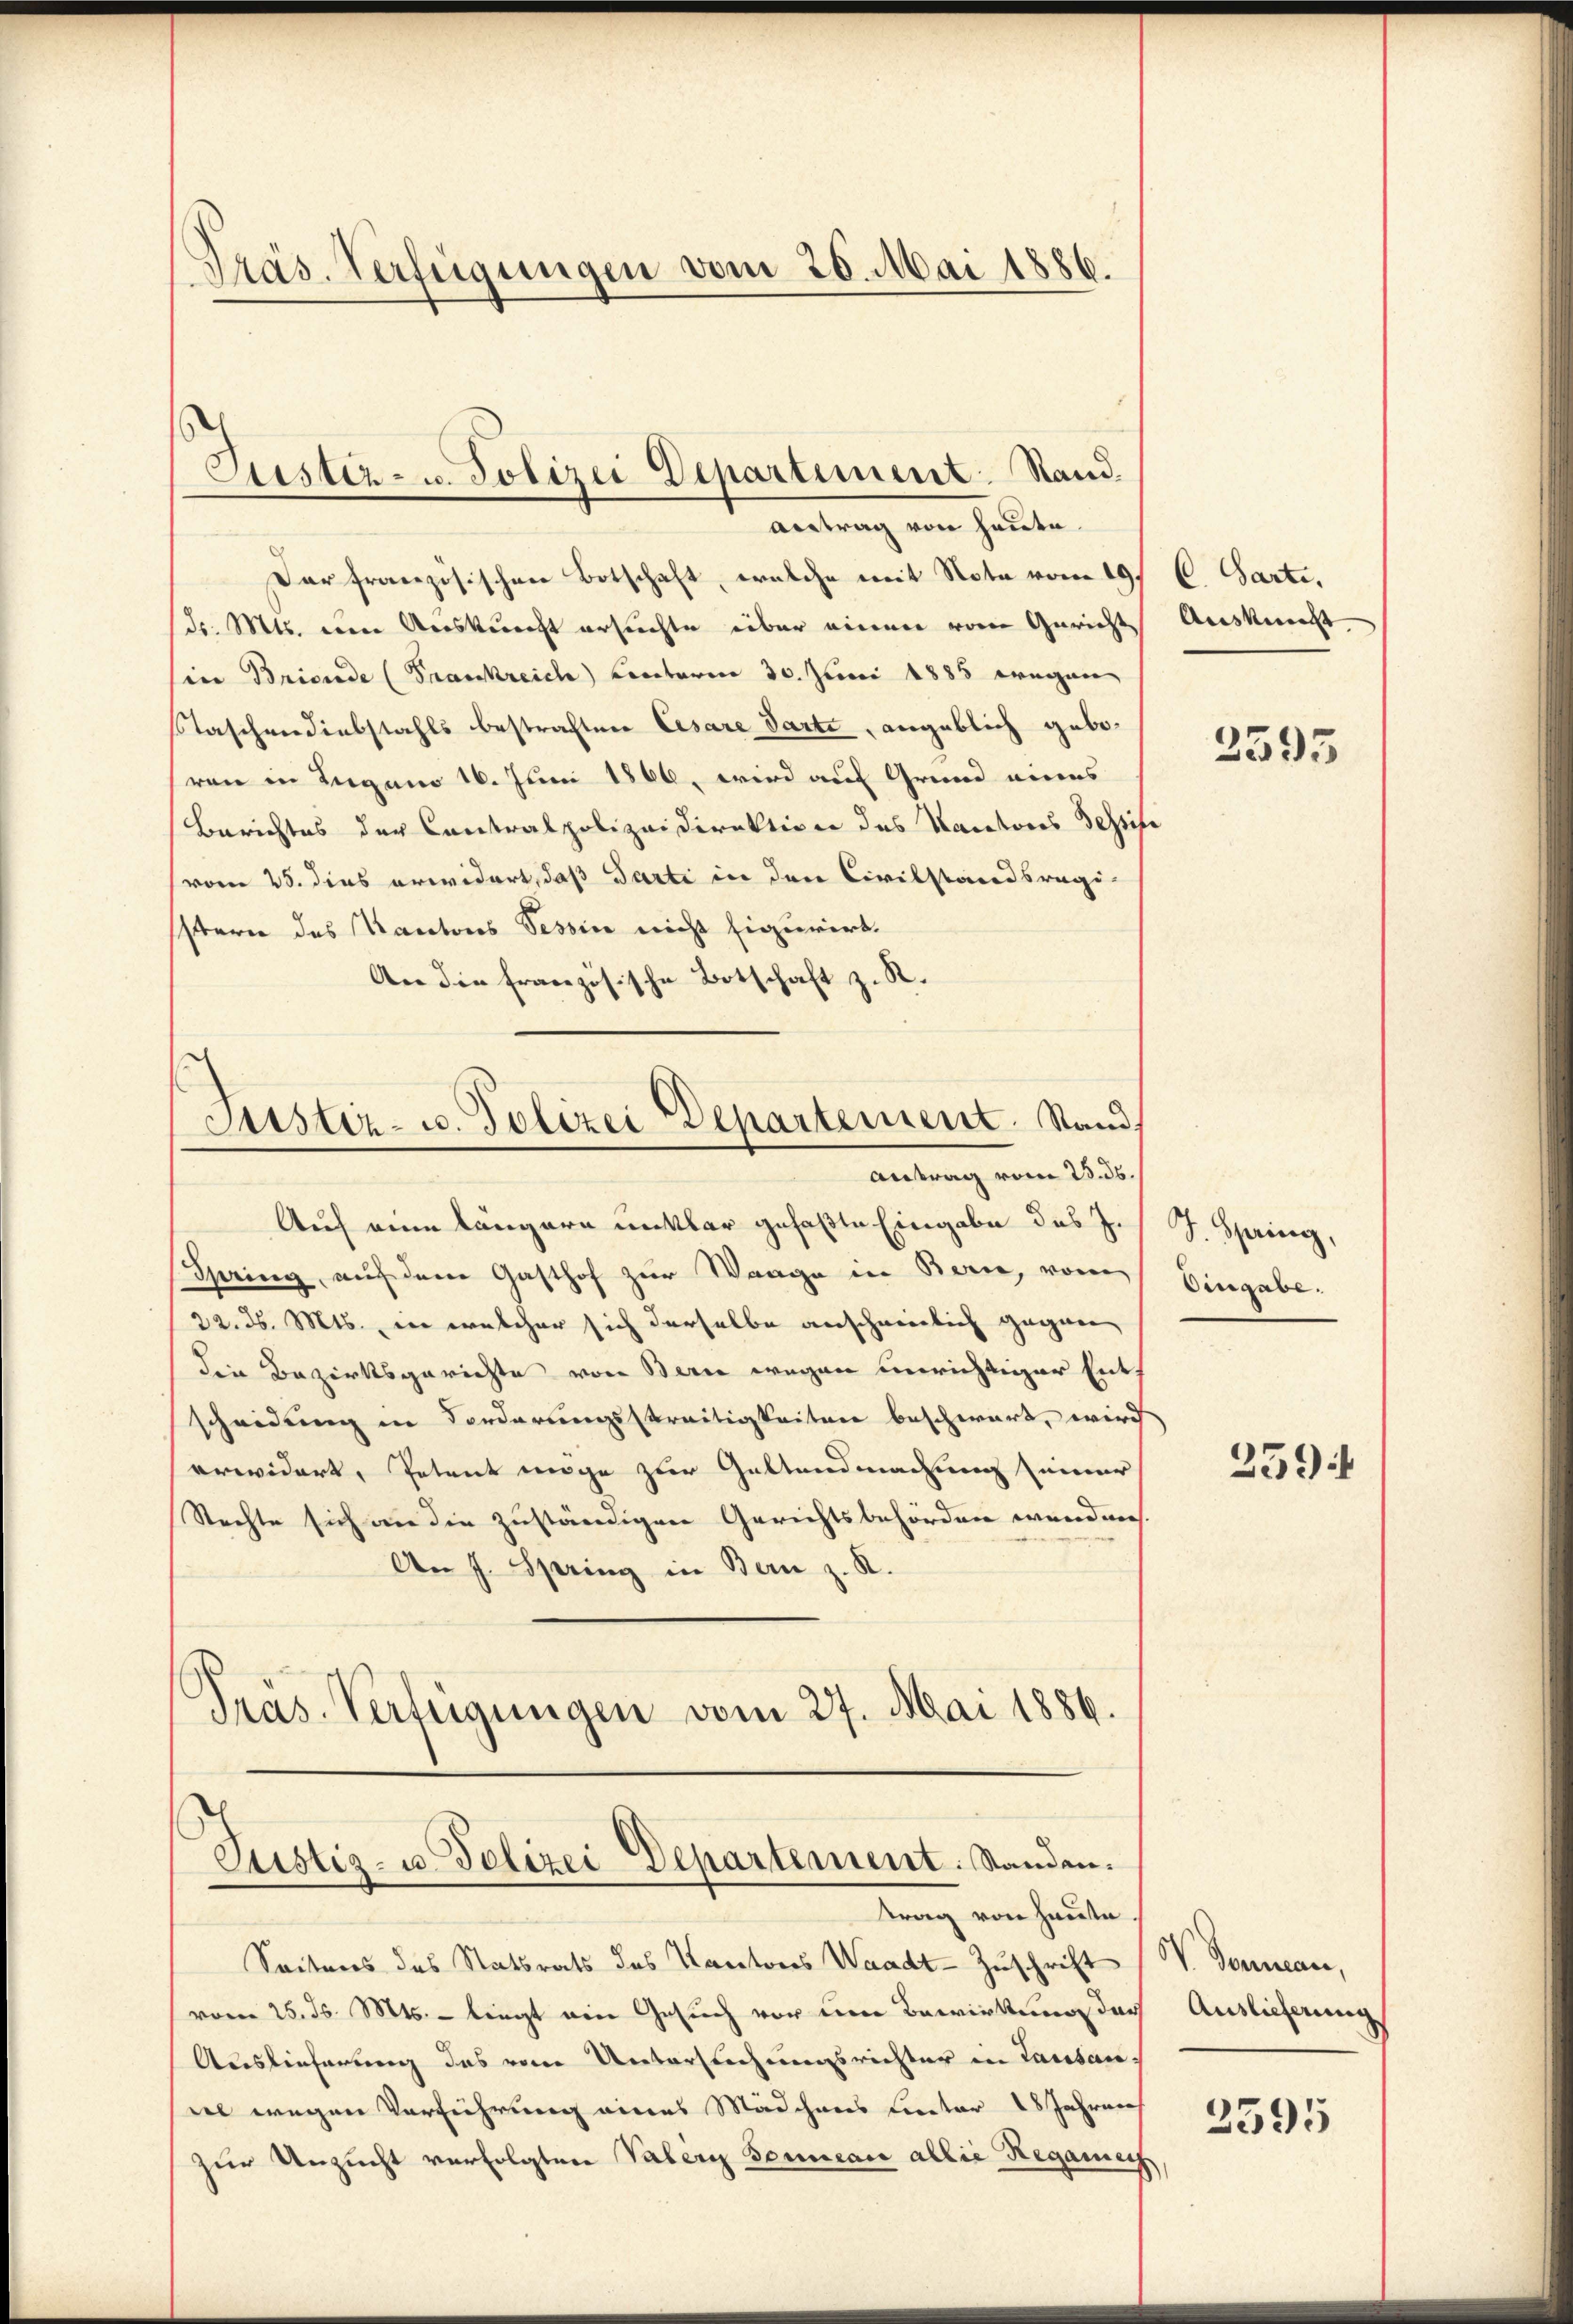
Präs. Verfügungen vom 26. Mai 1886.

Eister- u. Polizei Departement. Stand.
Antrag von heute.

Der französischen Botschaft, welche mit Note vom 19. C. Parti,
dr. Mts. eine Auskunft ersuchte über nimmer von Gericht
sine Brivnde (Frankreich Lentoren 30. Juni 1885 wegen
Taschendiebstahls bestraften Cesare Parte, angeblich geboren in Lugano 16. Juni 1866, wird auf Grund eines
Berichtes der Contralpolizeidirektion des Kantons Tessifi
(vom 25. dies erwidert, daß Parti in den Civilstandsregistern des Kantons Tessin nicht figurirt.
An die Französische Botschaft z. R.
Justiz- u. Polizei Departement. Stand
Antrag vom 25. 36.
Auf eine längere unklar gefaßte Eingabe des J. J. Spring,
Spring, auf dem Gasthof zur Wange in Berie, von
22. d. Mts., in welcher sich derselbe anschweilich gegen
die Bezirksgerichte von Bern wegen unrichtiger Entf
scheidung in Forderungsstreitigkeiten beschwart, wird
erwidert, Petent möge zur Geltendmachung seiner
Stachte sich an die zuständigen Gerichtsbehörden wenden.
An J. Spring in Bern z. R.
Präs. Verfügungen vom 27. Mai 1886.

Justiz- u. Polizei Departement. Standen.

Seitens des Statsrats des Kantones Waadt Zŭschrift (V. Sonnern,
vom 25. d. Mts. - liegt ein Gesuch vor um Bewirkung der
Auslieferung das vom Untersuchungsrichter in Lausaniel wegen Verführung eines Mädchens Liector 18 Jahren
zur Unzucht verfolgten Vater Sonnern allie Regamen

trag von heute

Auskunst

2595

Vergabe.

259

Auslieferung

2595